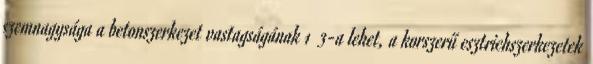
szemnagysága a betonszerkezet vastagságának 1 3-a lehet, a korszerű esztrichszerkezetek